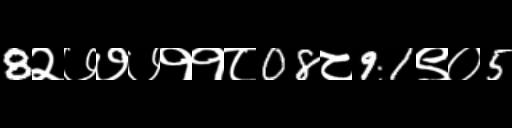
Text: 8२७७७११८08८91९०5